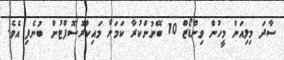
ސާދަ މިލިއަން މީހުން ވިންޑޯޒް 10 ބޭނުންކުރާ ކަމަށް މައިކްރޮސޮފްޓުން ބުނެފި އެވެ.